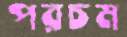
পরচম